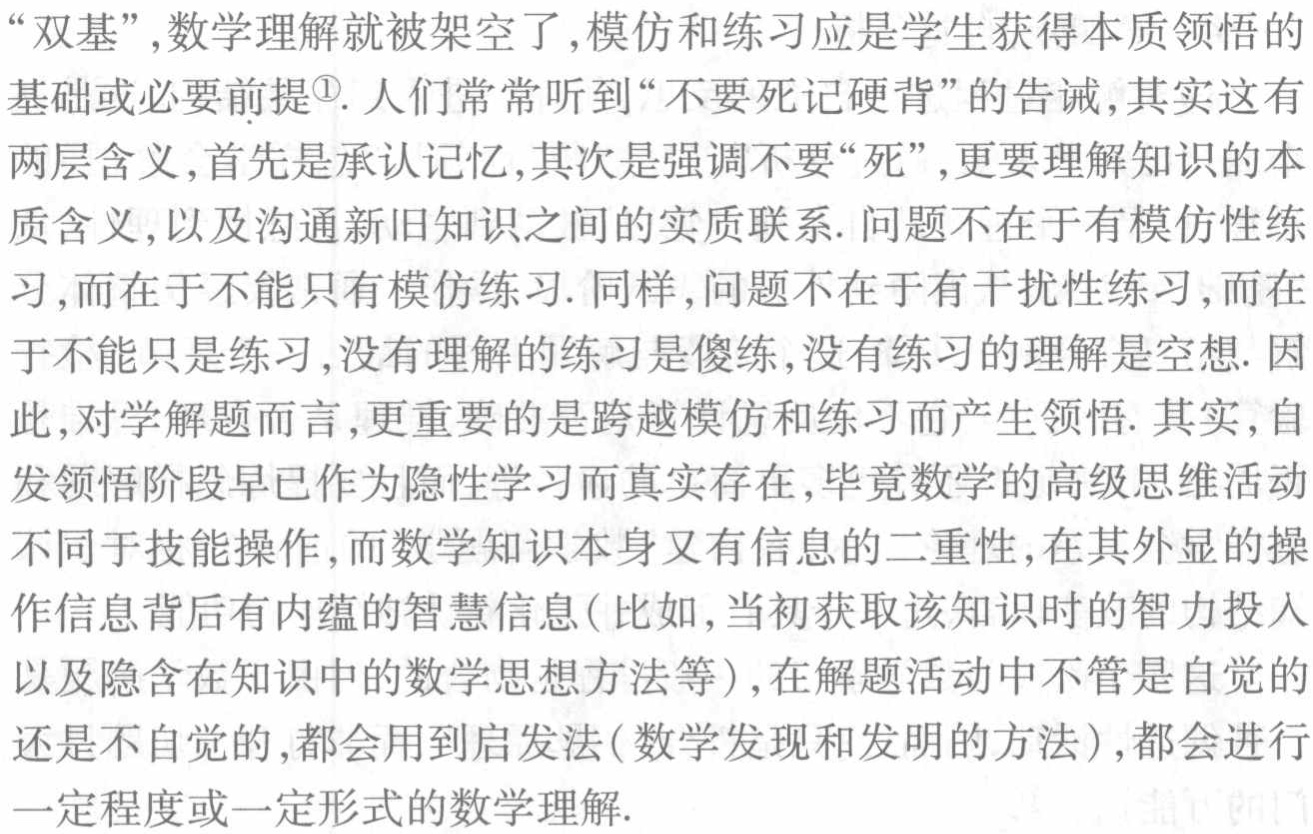
“双基”,数学理解就被架空了,模仿和练习应是学生获得本质领悟的

基础或必要前提\footnote{\textcircled{1}}. 人们常常听到“不要死记硬背”的告诫,其实这有

两层含义,首先是承认记忆,其次是强调不要“死”,更要理解知识的本

质含义,以及沟通新旧知识之间的实质联系. 问题不在于有模仿性练

习,而在于不能只有模仿练习. 同样,问题不在于有干扰性练习,而在

于不能只是练习,没有理解的练习是傻练,没有练习的理解是空想. 因

此,对学解题而言,更重要的是跨越模仿和练习而产生领悟. 其实,自

发领悟阶段早已作为隐性学习而真实存在,毕竟数学的高级思维活动

不同于技能操作,而数学知识本身又有信息的二重性,在其外显的操

作信息背后有内蕴的智慧信息( 比如,当初获取该知识时的智力投入

以及隐含在知识中的数学思想方法等),在解题活动中不管是自觉的

还是不自觉的,都会用到启发法(数学发现和发明的方法),都会进行

一定程度或一定形式的数学理解.